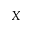
X